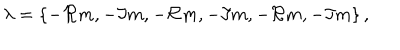
\lambda = \{ - \Re m , - \Im m , - \Re m , - \Im m , - \Re m , - \Im m \} \, ,